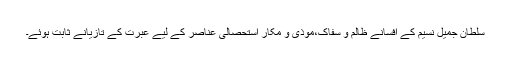
سلطان جمیل نسیم کے افسانے ظالم و سفاک،موذی و مکار استحصالی عناصر کے لیے عبرت کے تازیانے ثابت ہوئے۔